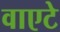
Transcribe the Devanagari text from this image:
वाएटे